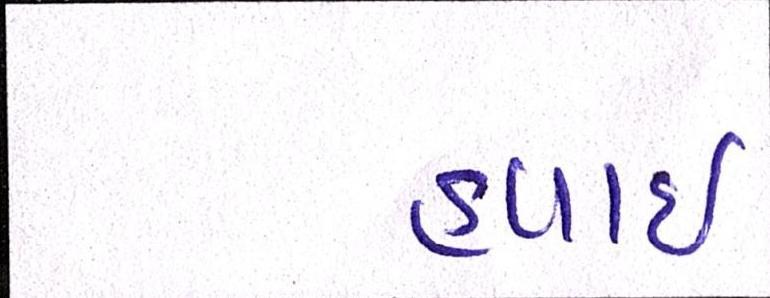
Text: હવાઇ